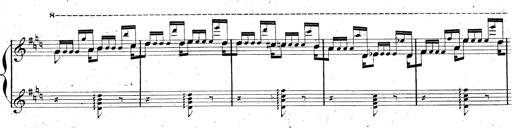
Title: AnnÃ©es de pÃ¨lerinage II, SupplÃ©ment
Composer: Franz Liszt